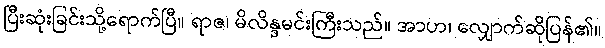
ပြီးဆုံးခြင်းသို့ရောက်ပြီ။ ရာဇ၊ မိလိန္ဒမင်းကြီးသည်။ အာဟ၊ လျှောက်ဆိုပြန်၏။